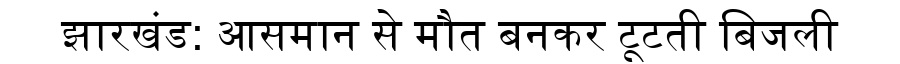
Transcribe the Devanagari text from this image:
झारखंड: आसमान से मौत बनकर टूटती बिजली